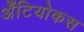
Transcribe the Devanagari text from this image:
अँटियोकस